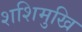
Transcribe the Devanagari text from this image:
शशिमुखि